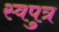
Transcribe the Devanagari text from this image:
स्वपुत्र